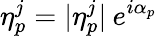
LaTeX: \eta_{p}^{j}=|\eta_{p}^{j}|\: e^{i\alpha_{p}}